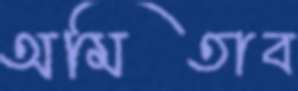
অমিতাব